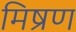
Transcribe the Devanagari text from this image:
मिष्रण